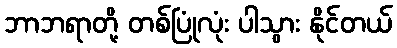
ဘာဘရာတို့ တစ်ပြုံလုံး ပါသွား နိုင်တယ်